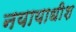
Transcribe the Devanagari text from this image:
नयायाधीश